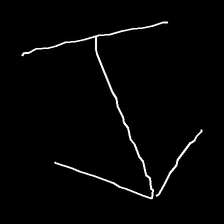
Glyph: levitation